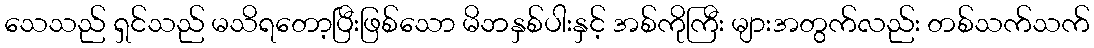
သေသည် ရှင်သည် မသိရတော့ပြီးဖြစ်သော မိဘနှစ်ပါးနှင့် အစ်ကိုကြီး များအတွက်လည်း တစ်သက်သက်